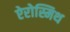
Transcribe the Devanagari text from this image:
ऐरोस्मिथ